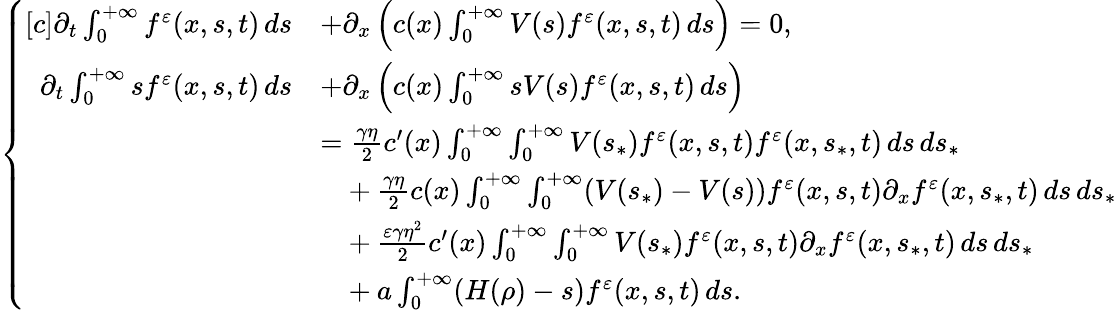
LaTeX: \begin{array}{r}{\left\{ \begin{array}{rl}{[c]\partial_{t}\int_{0}^{+\infty}f^{\varepsilon}(x,s,t)\, ds}&{+\partial_{x}\left(c(x)\int_{0}^{+\infty}V(s)f^{\varepsilon}(x,s,t)\, ds\right)=0,}\\ {\partial_{t}\int_{0}^{+\infty}sf^{\varepsilon}(x,s,t)\, ds}&{+\partial_{x}\left(c(x)\int_{0}^{+\infty}sV(s)f^{\varepsilon}(x,s,t)\, ds\right)}\\ &{=\frac{\gamma\eta}{2}c^{\prime}(x)\int_{0}^{+\infty}\int_{0}^{+\infty}V(s_{\ast})f^{\varepsilon}(x,s,t)f^{\varepsilon}(x,s_{\ast},t)\, ds\, ds_{\ast}}\\ &{\phantom{=}+\frac{\gamma\eta}{2}c(x)\int_{0}^{+\infty}\int_{0}^{+\infty}(V(s_{\ast})-V(s))f^{\varepsilon}(x,s,t)\partial_{x}f^{\varepsilon}(x,s_{\ast},t)\, ds\, ds_{\ast}}\\ &{\phantom{=}+\frac{\varepsilon\gamma\eta^{2}}{2}c^{\prime}(x)\int_{0}^{+\infty}\int_{0}^{+\infty}V(s_{\ast})f^{\varepsilon}(x,s,t)\partial_{x}f^{\varepsilon}(x,s_{\ast},t)\, ds\, ds_{\ast}}\\ &{\phantom{=}+a\int_{0}^{+\infty}(H(\rho)-s)f^{\varepsilon}(x,s,t)\, ds.}\end{array}\right.}\end{array}